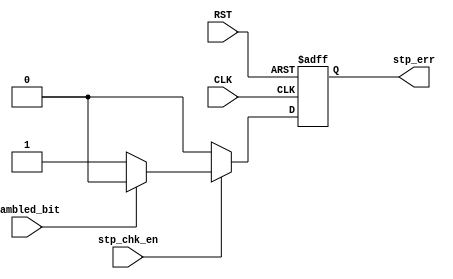
module stop_Check 
(
input wire stp_chk_en,
input wire sambled_bit,

input wire CLK,RST,

output reg stp_err

);


always@(posedge CLK or negedge RST)
 begin
	if(!RST)
	 begin
		stp_err <= 1'b0;
	 end
	else if (stp_chk_en)
	 begin
		if(sambled_bit == 1'b1)
			stp_err <= 1'b0;
		else
			stp_err <= 1'b1;
	 end
	else
		stp_err <= 1'b0;
 end
 
 endmodule